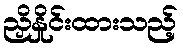
ညှိနှိုင်းထားသည့်